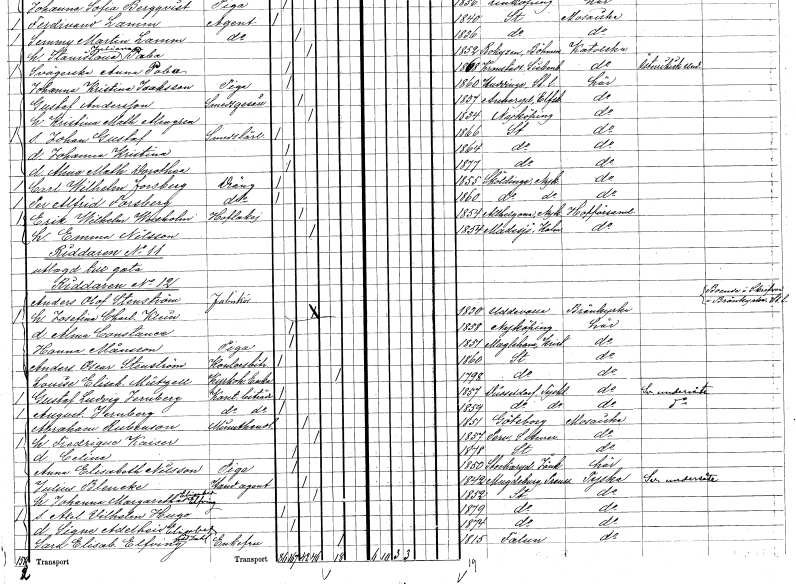
gt_parse: households: individuals: FN: Erik Wilhelm
EN: Wedholm
YRKE: Hovlakej
KON: M
CIV: G
FODAR: 1854
FODFORS: Nyköpings Alla Helgona Södermanlands län
FN: Emma
EN: Nilsson
KON: K
CIV: G
FODAR: 1854
FODFORS: Madesjö Kalmar län
FN: Josefina Charlotta
EN: Klein
KON: K
CIV: G
FODAR: 1830
FODFORS: Uddevalla Göteborgs- och Bohuslän
FN: Alma Constance
KON: K
CIV: O
FODAR: 1858
FODFORS: Nyköping Södermanlands län
FN: Hanna
EN: Månsson
YRKE: Piga
KON: K
CIV: O
FODAR: 1851
FODFORS: Maglehem Kristianstads län
FN: Anders Oscar
EN: Stenström
YRKE: Kontorsbiträde
KON: M
CIV: O
FODAR: 1860
FODFORS: Stockholm
FN: Louise Elisabet
EN: Mützell
YRKE: Kyrkoherdeänka
KON: K
CIV: E
FODAR: 1798
FODFORS: Stockholm
FN: Gustaf Ludvig
EN: Jernberg
YRKE: Kontorsbiträde
KON: M
CIV: O
FODAR: 1857
FN: August
EN: Jernberg
YRKE: Kontorsbiträde
KON: M
CIV: O
FODAR: 1859
FN: Abraham
EN: Rubenson
YRKE: Minuthandlare
KON: M
CIV: G
FODAR: 1851
FODFORS: Göteborg Göteborgs- och Bohuslän
FN: Fredrique
EN: Kaiser
KON: K
CIV: G
FODAR: 1857
FN: Celina
KON: K
CIV: O
FODAR: 1878
FODFORS: Stockholm
FN: Anna Elisabeth
EN: Nilsson
YRKE: Piga
KON: K
CIV: O
FODAR: 1850
FODFORS: Stockaryd Jönköpings län
FN: Julius
EN: Blencke
YRKE: Handelsagent
KON: M
CIV: G
FODAR: 1842
FN: Johanna Margaretha Elisabet
EN: Elfving
KON: K
CIV: G
FODAR: 1852
FODFORS: Stockholm
FN: Axel Vilhelm Hugo
KON: M
CIV: O
FODAR: 1879
FODFORS: Stockholm
FN: Signe Adelheid Elisabet
KON: K
CIV: O
FODAR: 1874
FODFORS: Stockholm
FN: Sara Elisabet
EN: Elfving Dahl
KON: K
CIV: E
FODAR: 1815
FODFORS: Falun Kopparbergs län